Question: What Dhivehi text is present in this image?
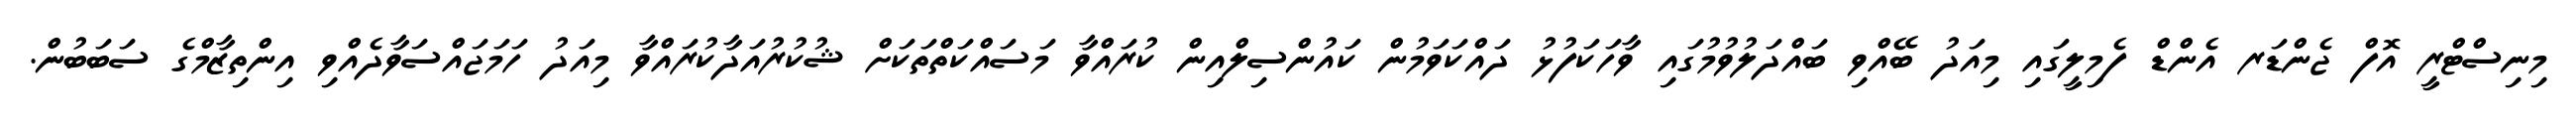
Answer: މިނިސްޓްރީ އޮފް ޖެންޑަރ އެންޑް ފެމިލީގައި މިއަދު ބޭއްވި ބައްދަލުވުމުގައި ވާހަކަފުޅު ދައްކަވަމުން ކައުންސިލްއިން ކުރައްވާ މަސައްކަތްތަކަށް ޝުކުރުއަދާކުރައްވާ މިއަދު ހަމަޖައްސަވާދެއްވި އިންތިޒާމްގެ ސަބަބުން.